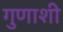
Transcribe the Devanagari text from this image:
गुणाशी